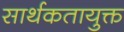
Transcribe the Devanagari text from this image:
सार्थकतायुक्त